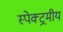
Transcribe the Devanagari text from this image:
स्पेक्ट्रमीय